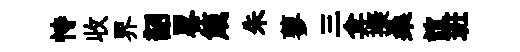
恃收界韶畧箴朱蓼三弇擬桑誼班